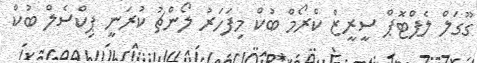
ގޫގަލް ލެޕްޓޮޕް ސީރީޒް ކްރޯމް ބުކް މިފަހަރު ލޯންޗު ކުރަނީ ޕިކްސެލް ބުކް